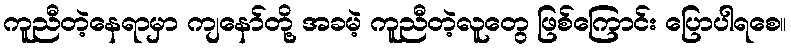
ကူညီတဲ့နေရာမှာ ကျနော်တို့ အခမဲ့ ကူညီတဲ့လူတွေ ဖြစ်ကြောင်း ပြောပါရစေ။